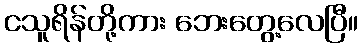
ငသူရိန်တို့ကား ဘေးတွေ့လေပြီ။